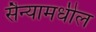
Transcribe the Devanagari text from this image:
सैन्यामधील